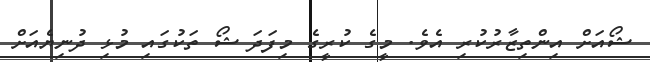
ޝޯއަށް އިންތިޒާރުކުރި އެވެ. މީގެ ކުރީގެ މިފަދަ ޝޯ ތަކުގައި މުޅި ދުނިޔެއަށް